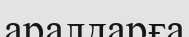
аралдарға